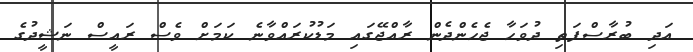
އަދި ބުރާސްފަތި ދުވަހާ ޖެހެންދެން ރާއްޖޭގައި މަޑުކުރައްވާނެ ކަމަށް ވެސް ރައީސް ނަޝީދުގެ